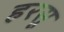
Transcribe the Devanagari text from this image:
हरसू